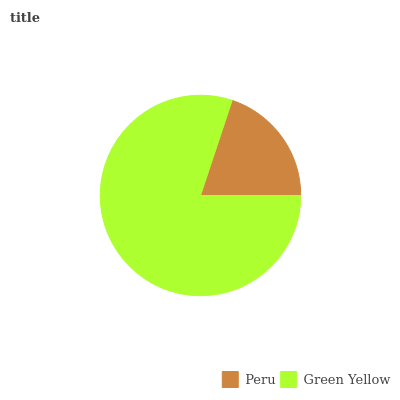
| Peru | Green Yellow |
 | --- | --- |
 | 19.9% | 80.1% |